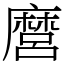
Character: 麿